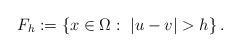
LaTeX: \begin{align*} F_{h} := \left\{x \in \Omega: \ |u - v| > h \right\}.\end{align*}